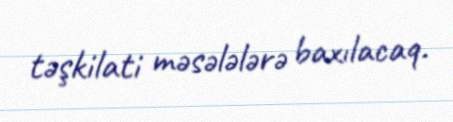
təşkilati məsələlərə baxılacaq.